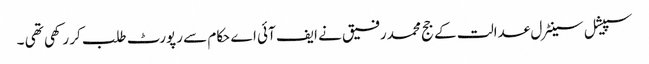
سپیشل سینٹرل عدالت کے جج محمد رفیق نے ایف آئی اے حکام سے رپورٹ طلب کر رکھی تھی ۔